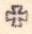
+